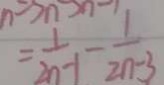
= \frac { 1 } { 2 n - 1 } - \frac { 1 } { 2 n - 3 }